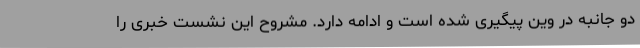
دو جانبه در وین پیگیری شده است و ادامه دارد. مشروح این نشست خبری را